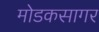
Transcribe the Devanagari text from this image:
मोडकसागर